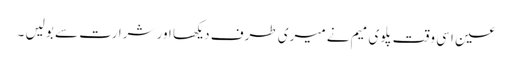
عین اسی وقت پلوی میم نے میری طرف دیکھا اور شرارت سے بولیں ۔